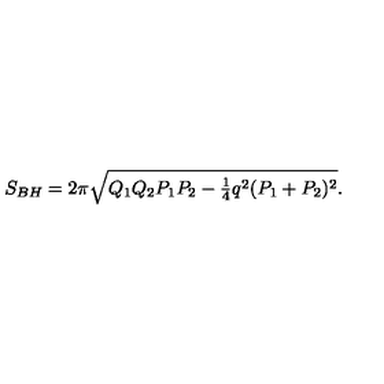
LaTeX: S _ { B H } = 2 \pi \sqrt { Q _ { 1 } Q _ { 2 } P _ { 1 } P _ { 2 } - { \textstyle { \frac { 1 } { 4 } } } q ^ { 2 } ( P _ { 1 } + P _ { 2 } ) ^ { 2 } } .